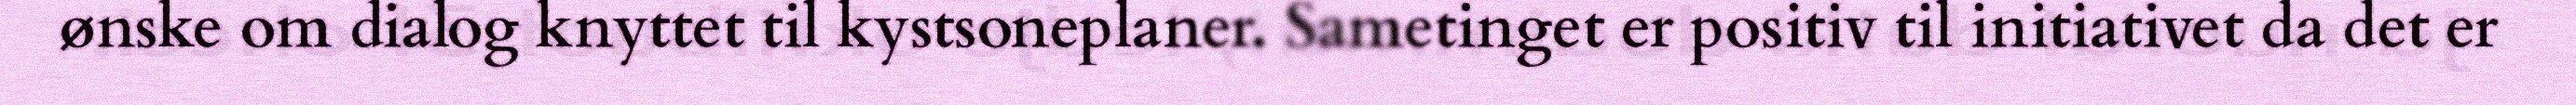
ønske om dialog knyttet til kystsoneplaner. Sametinget er positiv til initiativet da det er